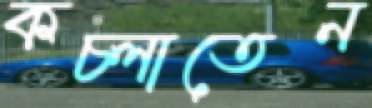
কচ্‌লাতেন